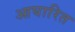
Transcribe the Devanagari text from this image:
आघारित